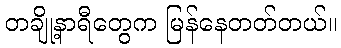
တချို့နာရီတွေက မြန်နေတတ်တယ်။